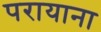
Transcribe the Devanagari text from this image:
परायाना